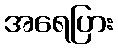
အရေပြား